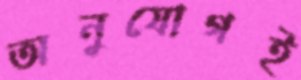
অনুযোগই